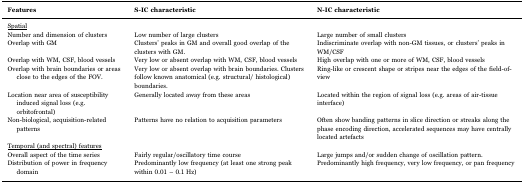
<table><thead><tr><td><b>Features</b></td><td><b>S-IC characteristic</b></td><td><b>N-IC characteristic</b></td></tr></thead><tbody><tr><td><underline>Spatial</underline></td><td></td><td></td></tr><tr><td>Number and dimension of clusters</td><td>Low number of large clusters</td><td>Large number of small clusters</td></tr><tr><td>Overlap with GM</td><td>Clusters’ peaks in GM and overall good overlap of the clusters with GM.</td><td>Indiscriminate overlap with non-GM tissues, or clusters’ peaks in WM/CSF</td></tr><tr><td>Overlap with WM, CSF, blood vessels</td><td>Very low or absent overlap with WM, CSF, blood vessels</td><td>High overlap with one or more of WM, CSF, blood vessels</td></tr><tr><td>Overlap with brain boundaries or areas close to the edges of the FOV.</td><td>Very low or absent overlap with brain boundaries. Clusters follow known anatomical (e.g. structural/ histological) boundaries.</td><td>Ring-like or crescent shape or stripes near the edges of the field-of-view</td></tr><tr><td>Location near area of susceptibility induced signal loss (e.g. orbitofrontal)</td><td>Generally located away from these areas</td><td>Located within the region of signal loss (e.g. areas of air-tissue interface)</td></tr><tr><td>Non-biological, acquisition-related patterns</td><td>Patterns have no relation to acquisition parameters</td><td>Often show banding patterns in slice direction or streaks along the phase encoding direction, accelerated sequences may have centrally located artefacts</td></tr><tr><td><underline>Temporal (and spectral) features</underline></td><td></td><td></td></tr><tr><td>Overall aspect of the time series</td><td>Fairly regular/oscillatory time course</td><td>Large jumps and/or sudden change of oscillation pattern.</td></tr><tr><td>Distribution of power in frequency domain</td><td>Predominantly low frequency (at least one strong peak within 0.01 – 0.1 Hz)</td><td>Predominantly high frequency, very low frequency, or pan frequency</td></tr></tbody></table>